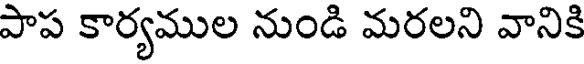
పాప కార్యముల నుండి మరలని వానికి